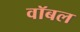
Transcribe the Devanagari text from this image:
वॉबल